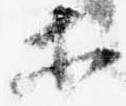
等